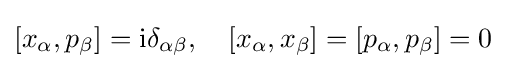
[x_{\alpha },p_{\beta }]=\mathrm {i} \delta _{\alpha \beta },\quad [x_{\alpha },x_{\beta }]=[p_{\alpha },p_{\beta }]=0